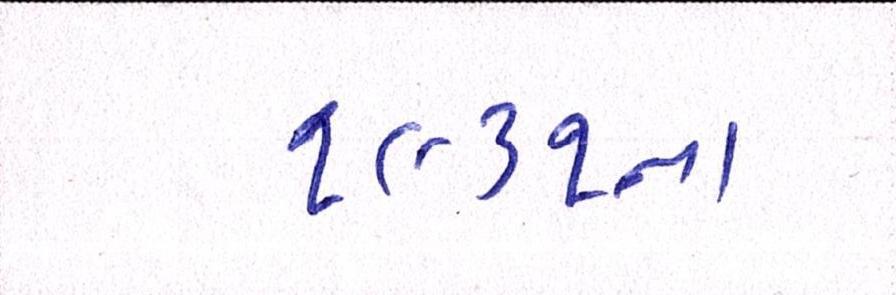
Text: ૧૯૩૧ના